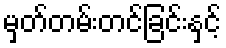
မှတ်တမ်းတင်ခြင်းနှင့်